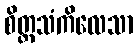
စိတ္တသံကိလေသာ